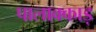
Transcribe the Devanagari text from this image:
पालाक्काड़